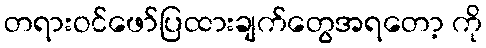
တရားဝင်ဖော်ပြထားချက်တွေအရတော့ ကို